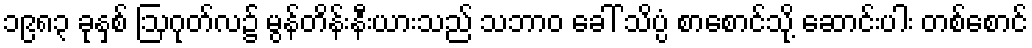
၁၉၈၃ ခုနှစ် ဩဂုတ်လ၌ မွန်တိန်းနီးယားသည် သဘာဝ ခေါ် သိပ္ပံ စာစောင်သို့ ဆောင်းပါး တစ်စောင်